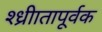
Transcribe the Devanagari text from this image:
श्ध्रीातापूर्वक